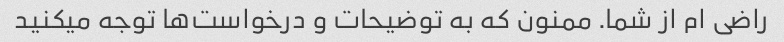
راضی ام از شما. ممنون که به توضیحات و درخواست‌ها توجه میکنید